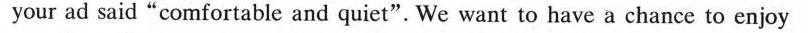
your ad said"comfortable and quiet". We want to have a chance to enjoy